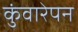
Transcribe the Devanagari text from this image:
कुंवारेपन